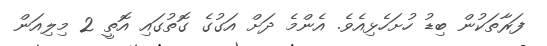
ފަރާތަކުން ބިޑު ހުށަހެޅިއެވެ. އެންމެ ދަށް އަގުގެ ގޮތުގައި އޮތީ 2 މިލިއަން